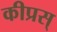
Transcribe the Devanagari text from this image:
कीप्रस्